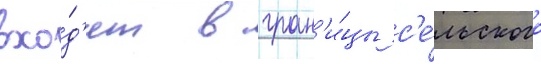
вхо́д'ит в гран'и́цы с'е́льского